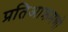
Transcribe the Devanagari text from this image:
प्रतिआक्रमणो